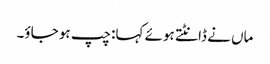
ماں نے ڈانٹتے ہوئے کہا: چپ ہو جاؤ۔